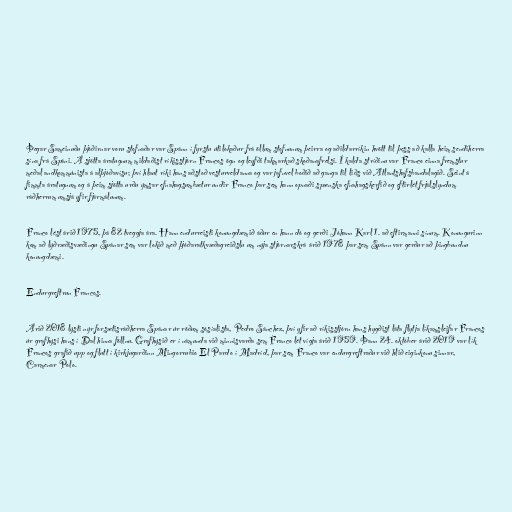
Þegar Sameinuðu þjóðirnar voru stofnaðar var Spánn í fyrstu útilokaður frá öllum stofnunum þeirra og aðildarríkin hvött til þess að kalla heim sendiherra
sína frá Spáni. Á sjötta áratugnum mildaðist ríkisstjórn Francos ögn og leyfði takmarkað skoðanafrelsi. Í kalda stríðinu var Franco einna fremstur
meðal andkommúnista á alþjóðavísu; því hlaut ríki hans aðstoð vesturveldanna og var jafnvel boðið að ganga til liðs við Atlantshafsbandalagið. Seint á
fimmta áratugnum og á þeim sjötta urðu ýmsar efnahagsumbætur undir Franco þar sem hann opnaði spænska efnahagskerfið og eftirlét frjálslyndum
ráðherrum umsjá yfir fjármálunum.

Franco lést árið 1975, þá 82 tveggja ára. Hann endurreisti konungdæmið áður en hann dó og gerði Jóhann Karl 1. að eftirmanni sínum. Konungurinn
kom að lýðræðisvæðingu Spánar sem var lokið með þjóðaratkvæðagreiðslu um nýja stjórnarskrá árið 1978 þar sem Spánn var gerður að þingbundnu
konungdæmi.

Endurgreftrun Francos.

Árið 2018 lýsti nýr forsætisráðherra Spánar úr röðum sósíalista, Pedro Sánchez, því yfir að ríkisstjórn hans hygðist láta flytja líkamsleifar Francos
úr grafhýsi hans í Dal hinna föllnu. Grafhýsið er í námunda við minnisvarða sem Franco lét vígja árið 1959. Þann 24. október árið 2019 var lík
Francos grafið upp og flutt í kirkjugarðinn Mingorrubio El Pardo í Madríd, þar sem Franco var endurgreftraður við hlið eiginkonu sinnar,
Carmenar Polo.